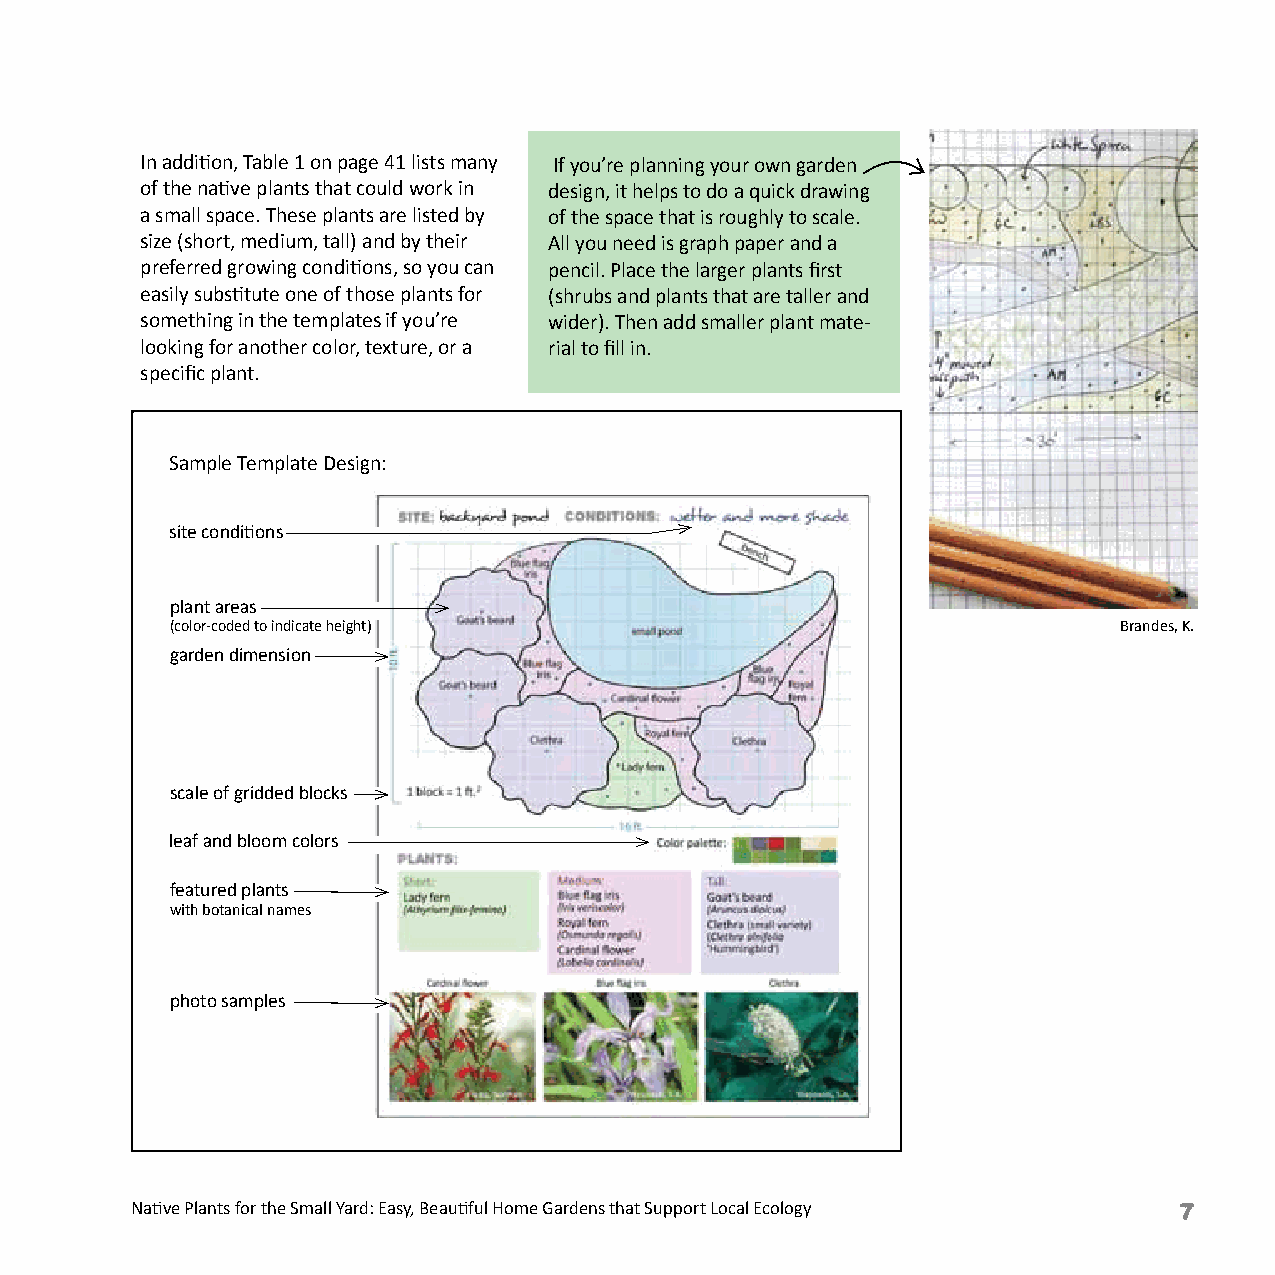
In addition, Table 1 on page 41 lists many If you’re planning your own garden
 of the native plants that could work in design, it helps to do a quick drawing
 a small space. These plants are listed by of the space that is roughly to scale.
 size (short, medium, tall) and by their All you need is graph paper and a
 preferred growing conditions, so you can pencil. Place the larger plants first
 easily substitute one of those plants for (shrubs and plants that are taller and
 something in the templates if you’re wider). Then add smaller plant mate-
 looking for another color, texture, or a rial to fill in.
 specific plant.
 Sample Template Design:
 site conditions
 plant areas
 (color-coded to indicate height)                               Brandes, K.
 garden dimension
 scale of gridded blocks
 leaf and bloom colors
 featured plants
 with botanical names
 photo samples
 Native Plants for the Small Yard: Easy, Beautiful Home Gardens that Support Local Ecology Native Plants for the Small Yard: Easy, Beautiful Home Gardens that Support Local Ecology 7